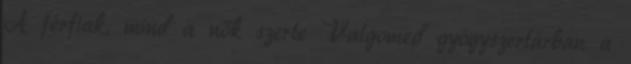
A férfiak, mind a nők szerte Valgomed gyógyszertárban a